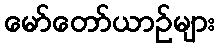
မော်တော်ယာဉ်များ